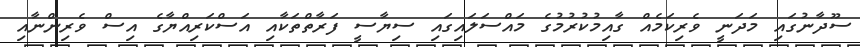
ސޫދާނުގައި މަދަނީ ވެރިކަމެއް ގާއިމުކުރުމުގެ މައްސަލައިގައި ސިޔާސީ ފަރާތްތަކާއި އަސްކަރިއްޔާގެ އިސް ވެރިންނާއި